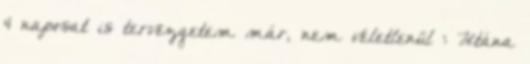
4 naposat is tervezgetem már, nem véletlenül : Utána